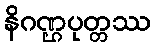
နိဂဏ္ဌပုတ္တဿ